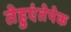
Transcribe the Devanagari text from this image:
तेहुएंतेपेक